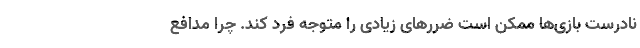
نادرست بازی‌ها ممکن است ضررهای زیادی را متوجه فرد کند. چرا مدافع